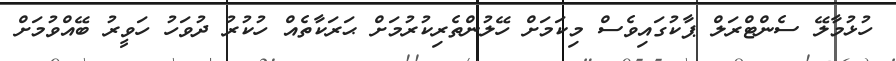
ހުޅުމާލޭ ސެންޓްރަލް ޕާކުގައިވެސް މިކަމަށް ހޭލުންތެރިކުރުމަށް ޙަރަކާތެއް ހުކުރު ދުވަހު ހަވީރު ބޭއްވުމަށް